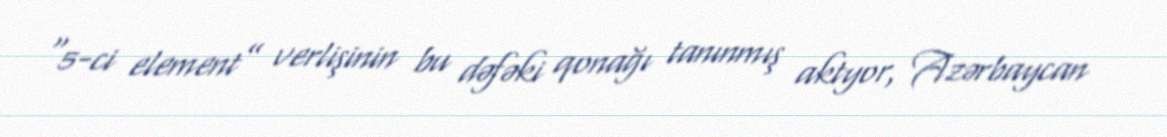
“5-ci element” verlişinin bu dəfəki qonağı tanınmış aktyor, Azərbaycan